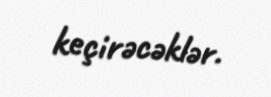
keçirəcəklər.